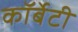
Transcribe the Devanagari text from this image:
कॉर्बेटी